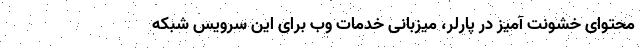
محتوای خشونت آمیز در پارلر، میزبانی خدمات وب برای این سرویس شبکه